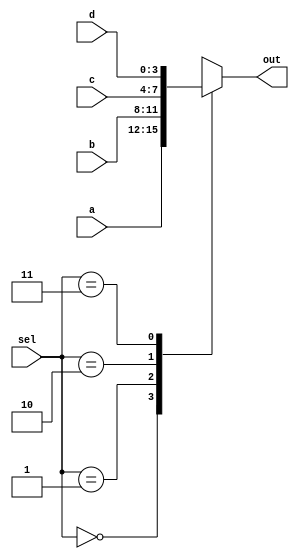
module mux_4to1_case ( input [3:0] a,                 // 4-bit input called a
                       input [3:0] b,                 // 4-bit input called b
                       input [3:0] c,                 // 4-bit input called c
                       input [3:0] d,                 // 4-bit input called d
                       input [1:0] sel,               // input sel used to select between a,b,c,d
                       output reg [3:0] out);         // 4-bit output based on input sel

   // This always block gets executed whenever a/b/c/d/sel changes value
   // When that happens, based on value in sel, output is assigned to either a/b/c/d
   always @ (a or b or c or d or sel) begin
      case (sel)
         2'b00 : out <= a;
         2'b01 : out <= b;
         2'b10 : out <= c;
         2'b11 : out <= d;
      endcase
   end
endmodule